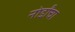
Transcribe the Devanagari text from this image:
नोर्डांचा